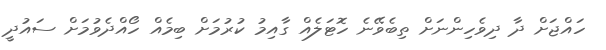
ހައްޖަށް ދާ ދިވެހިންނަށް ތިބެވޭނެ ހޮޓަލެއް ގާއިމު ކުރުމަށް ބިމެއް ހޯއްދެވުމަށް ސައުދީ